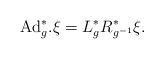
LaTeX: \begin{align*} \hbox{Ad}^*_{g}.\xi = L_{g}^*R_{{g}^{-1}}^*\xi.\end{align*}